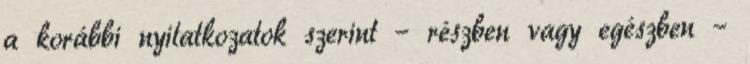
a korábbi nyilatkozatok szerint – részben vagy egészben –